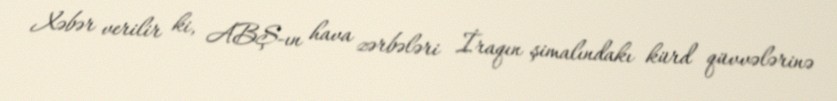
Xəbər verilir ki, ABŞ-ın hava zərbələri İraqın şimalındakı kürd qüvvələrinə